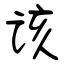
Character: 该